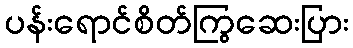
ပန်းရောင်စိတ်ကြွဆေးပြား